V__Kingissepa_nim__kolhoos, lk 16
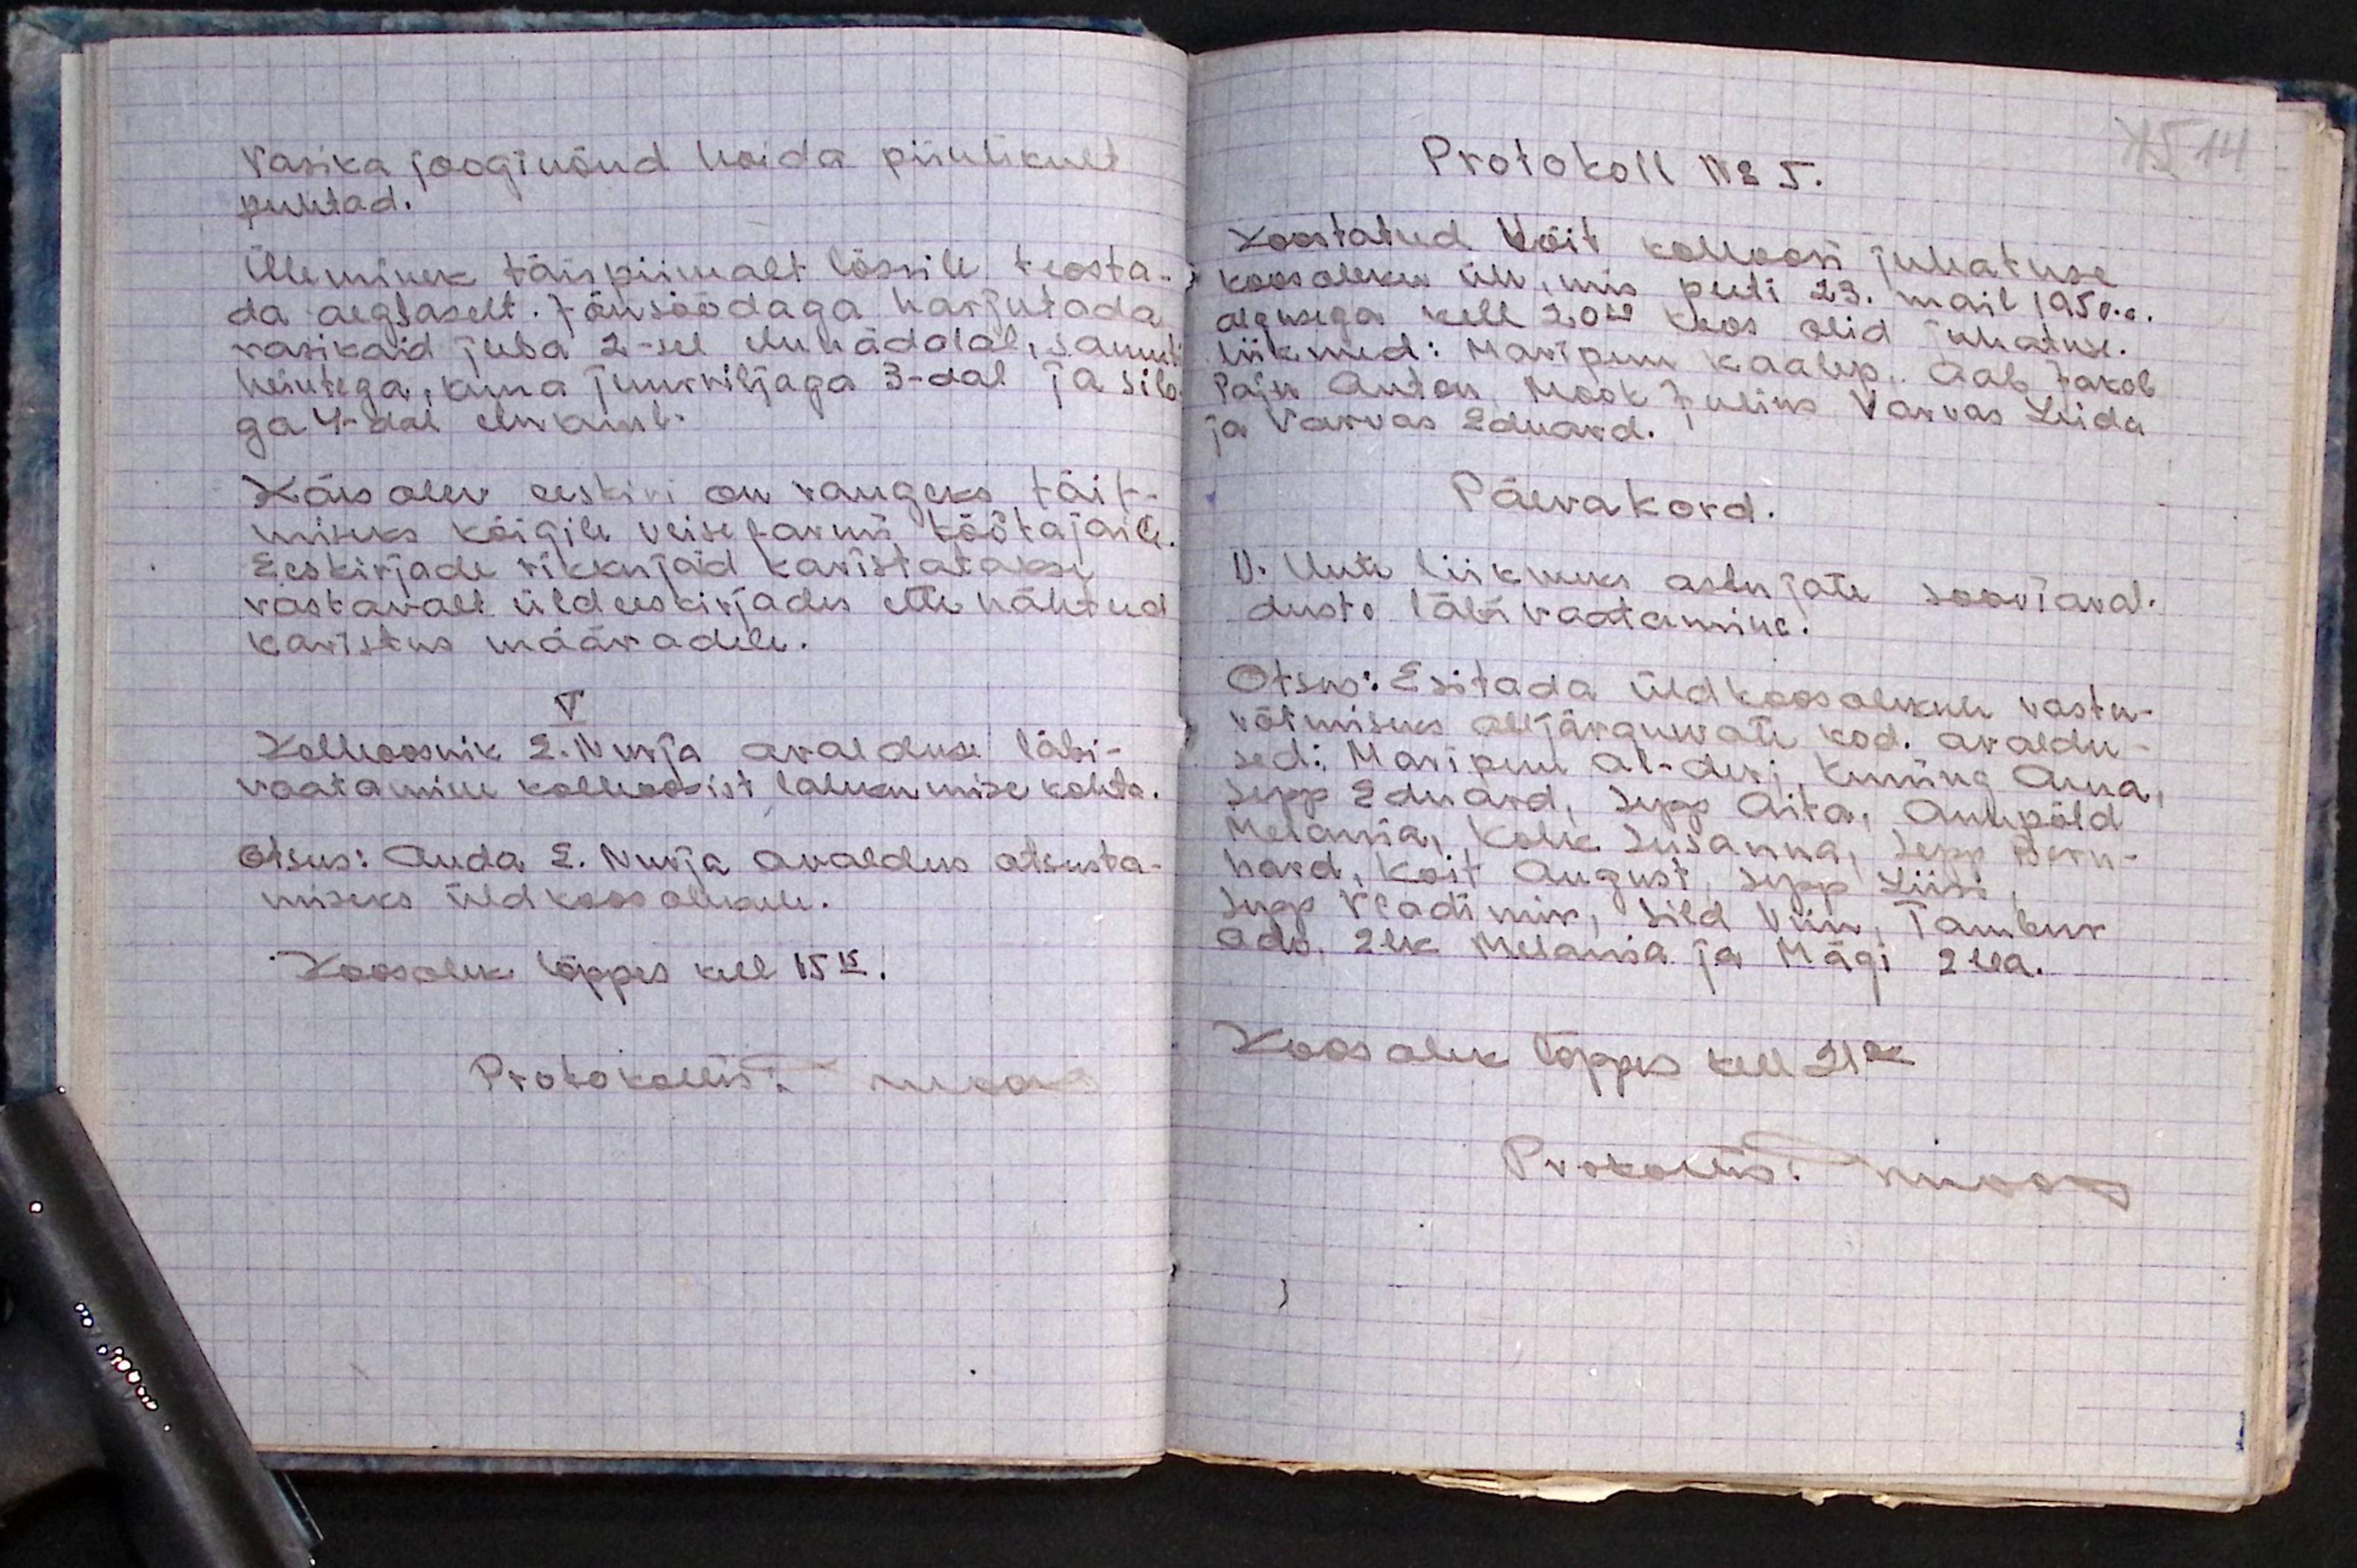
Vasika jooginõud hoida piinlikult
puhtad.
Üleminek täispiimalt lõssile teosta-
da aeglaselt. Jõusöödaga harjutada
vasikaid juba 2-sel elunädalal, samuti
heintega, kuna juurviljaga 3-dal ja silo-
ga 4-dal elukuul.
Käesolev eeskiri on rangeks täit-
miseks kõigile veise farmi töötajaile.
Eeskirjade rikkujaid karistatakse
vastavalt üldeeskirjades ette nähtud
karistus määradele.
V
Kolhoosnik E.Nurja avalduse läbi-
vaatamine kolhoosist lahkumise kohta.
Otsus: Anda E. Nurja avaldus otsusta-
miseks üldkoosolekule.
Koosolek lõppes kell 15.15.
Protokollis nukas

Protokoll No 5.
Koostatud Võit kolhoosi juhatuse
koosoleku üle, mis peeti 23. mail 1950. a.
algusega kell 20.40 koos olid juhatuse.
liikmed: Maripuu Kaalep. Aab Jakob
Paju Anton, Mook Julius, Varvas Leida
ja Varvas Eduard.
Päevakord.
1). Uute liikmeks astujate sooviaval-
duste läbivaatamine.
Otsus: Esitada üldkoosolekule vastu-
võtmiseks alljärgnevate kod. avaldu-
sed: Maripuu Al-deri, Kuning Anna,
Sepp Eduard, Sepp Aita, Anupõld
Melania, Kolk Susanna, Lepp Bern-
hard, Koit August, Sepp Liisi
Sepp Vladimir, Sild Viin, Tambur
Ado, Zik Melania ja Mägi Zeea.
Koosolek lõppes kell 21.20
Protollis nooris